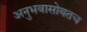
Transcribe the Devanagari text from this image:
अनुभवासोबतच